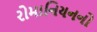
રોમાનિયનનો